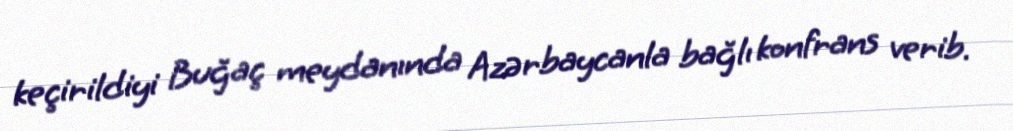
keçirildiyi Buğaç meydanında Azərbaycanla bağlı konfrans verib.